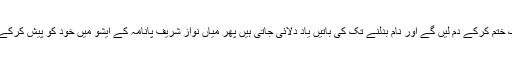
میڈیا میاں صاحباں کی ماضی کی تقاریر کی جھلکیاں دکھاتا ہے کہ لوڈشیڈنگ ختم کرکے دم لیں گے اور نام بدلنے تک کی باتیں یاد دلائی جاتی ہیں پھر میاں نواز شریف پانامہ کے ایشو میں خود کو پیش کرکے اور دوتین بار قوم کے سامنے متضاد بیانات دے کر اس ایشو میں الجھ گئے۔